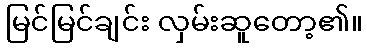
မြင်မြင်ချင်း လှမ်းဆူတော့၏။